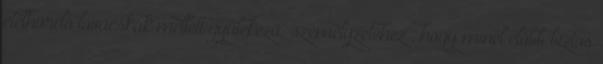
ételhordó lovacskák mellett gyülekező „személyzetéhez”, hogy minél előbb biztos